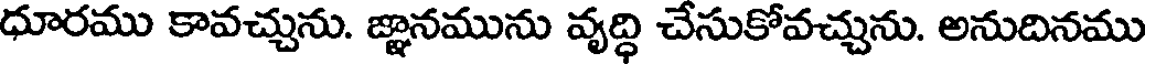
ధూరము కావచ్చును. జ్ఞానమును వృద్ధి చేసుకోవచ్చును. అనుదినము